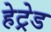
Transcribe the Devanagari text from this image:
हेट्रेड